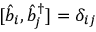
[ \hat { b } _ { i } , \hat { b } _ { j } ^ { \dagger } ] = \delta _ { i j }